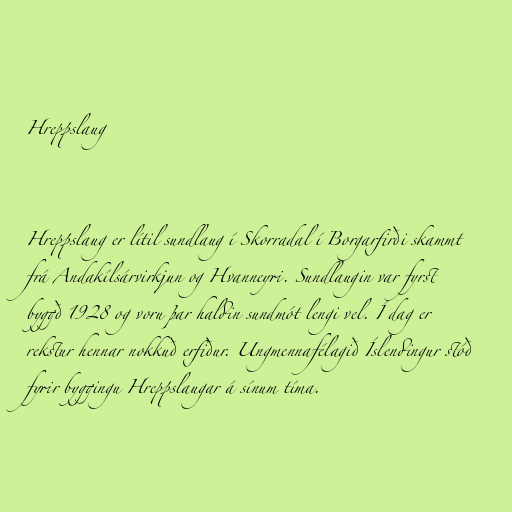
Hreppslaug

Hreppslaug er lítil sundlaug í Skorradal í Borgarfirði skammt
frá Andakílsárvirkjun og Hvanneyri. Sundlaugin var fyrst
byggð 1928 og voru þar haldin sundmót lengi vel. Í dag er
rekstur hennar nokkuð erfiður. Ungmennafélagið Íslendingur stóð
fyrir byggingu Hreppslaugar á sínum tíma.